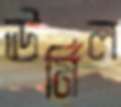
ঊর্মিল